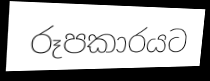
රූපකාරයට